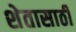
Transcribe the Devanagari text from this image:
शेतासाठी